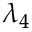
\lambda _ { 4 }